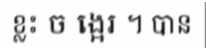
ខ្លះ ច ង្អេរ ។ បាន